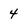
Character: 4